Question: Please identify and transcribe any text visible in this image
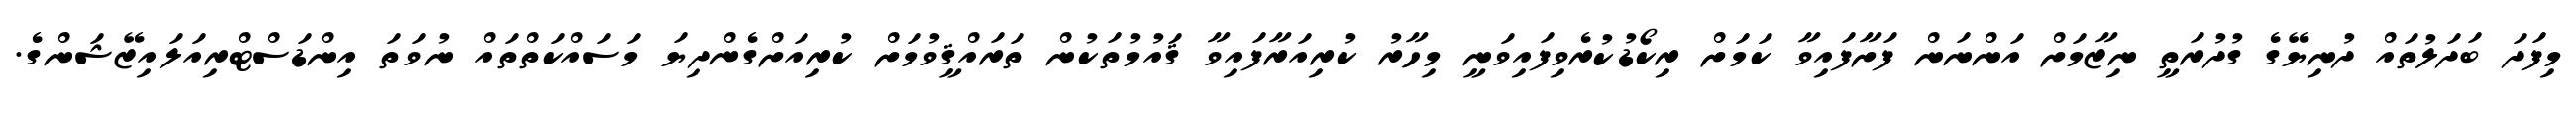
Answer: މިފަދަ ބަދަލުތައް ދުނިޔޭގެ ގުދުރަތީ ނިޒާމަށް އަންނަން ފަށާފައިވާ ކަމަށް ރިކޯޑުކުރެވިފައިވަނީ މިހާރު ކުރިއަރާފައިވާ ޤައުމުތަކުން ތަރައްޤީވުމަށް ކުރިއަށްގެންދިޔަ މަސައްކަތްތައް ނުވަތަ އިންޑަސްޓްރިއަލައިޒޭޝަންގެ.